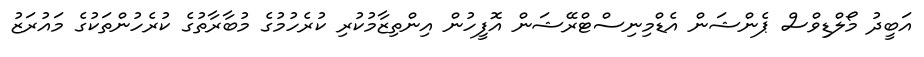
އަބީދު މޯލްޑިވްސް ޕެންޝަން އެޑްމިނިސްޓްރޭޝަން އޮފީހުން އިންތިޒާމުކުރި ކުރެހުމުގެ މުބާރާތުގެ ކުރެހުންތަކުގެ މައުރަޒު